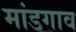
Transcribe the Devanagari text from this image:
मांडगाव